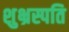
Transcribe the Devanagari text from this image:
शुभ्रस्पति